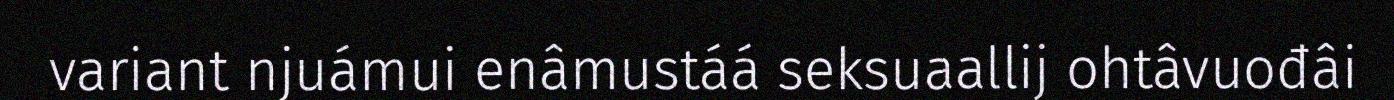
variant njuámui enâmustáá seksuaallij ohtâvuođâi